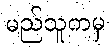
မည်သူကမှ